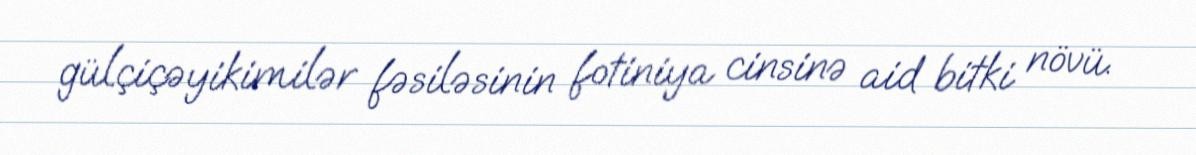
gülçiçəyikimilər fəsiləsinin fotiniya cinsinə aid bitki növü.